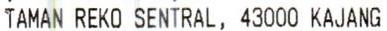
TAMAN REKO SENTRAL, 43000 KAJANG